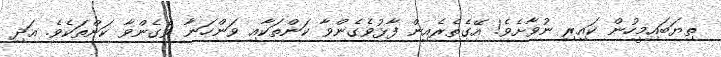
ތިޔަބައިމީހުން ކައިރި ނުވާށެވެ! އޭގެތެރެއިން ފާޅުވެގެންވާ ކަންތަކާއި ވަންހަނާ ވެގެންވާ ކަންތަކެވެ. އަދި